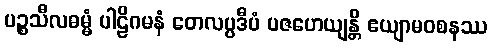
ပဉ္စသီလဓမ္မံ ပါဠိဂမနံ တေလပ္ပဒီပံ ပဇဟေယျန္တိ ဧယျာမဝစနဿ